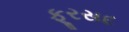
ફૂરસદ